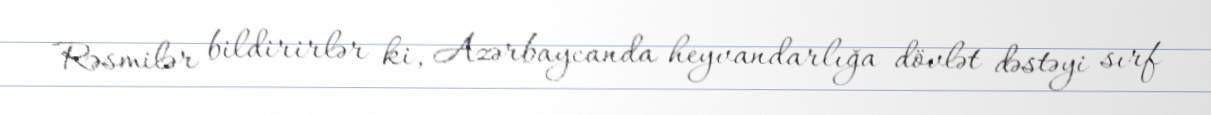
Rəsmilər bildirirlər ki, Azərbaycanda heyvandarlığa dövlət dəstəyi sırf